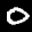
Label: 0